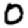
Digit: 0